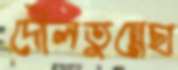
দৌলতুন্নেছা